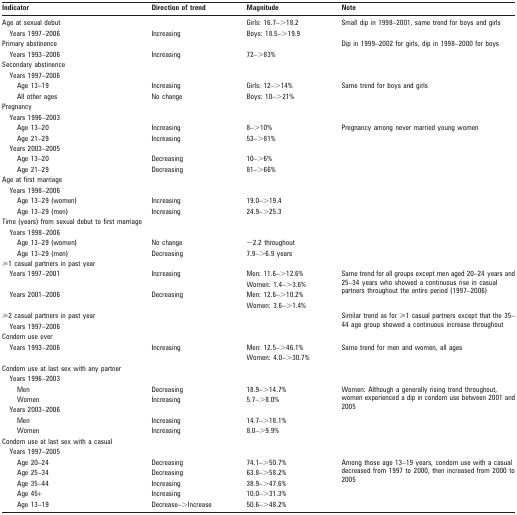
<table><thead><tr><td><b>Indicator</b></td><td><b>Direction of trend</b></td><td><b>Magnitude</b></td><td><b>Note</b></td></tr></thead><tbody><tr><td>Age at sexual debut</td><td></td><td>Girls: 16.7–&gt;18.2</td><td rowspan="2">Small dip in 1998–2001, same trend for boys and girls</td></tr><tr><td>Years 1997–2006</td><td>Increasing</td><td>Boys: 18.5–&gt;19.9</td></tr><tr><td>Primary abstinence</td><td></td><td></td><td rowspan="2">Dip in 1999–2002 for girls, dip in 1998–2000 for boys</td></tr><tr><td>Years 1993–2006</td><td>Increasing</td><td>72–&gt;83%</td></tr><tr><td>Secondary abstinence</td><td></td><td></td><td></td></tr><tr><td>Years 1997–2006</td><td></td><td></td><td></td></tr><tr><td>Age 13–19</td><td>Increasing</td><td>Girls: 12–&gt;14%</td><td rowspan="2">Same trend for boys and girls</td></tr><tr><td>All other ages</td><td>No change</td><td>Boys: 10–&gt;21%</td></tr><tr><td>Pregnancy</td><td></td><td></td><td></td></tr><tr><td>Years 1996–2003</td><td></td><td></td><td></td></tr><tr><td>Age 13–20</td><td>Increasing</td><td>8–&gt;10%</td><td rowspan="2">Pregnancy among never married young women</td></tr><tr><td>Age 21–29</td><td>Increasing</td><td>53–&gt;81%</td></tr><tr><td>Years 2003–2005</td><td></td><td></td><td></td></tr><tr><td>Age 13–20</td><td>Decreasing</td><td>10–&gt;6%</td><td></td></tr><tr><td>Age 21–29</td><td>Decreasing</td><td>81–&gt;66%</td><td></td></tr><tr><td>Age at first marriage</td><td></td><td></td><td></td></tr><tr><td>Years 1998–2006</td><td></td><td></td><td></td></tr><tr><td>Age 13–29 (women)</td><td>Increasing</td><td>19.0–&gt;19.4</td><td></td></tr><tr><td>Age 13–29 (men)</td><td>Increasing</td><td>24.9–&gt;25.3</td><td></td></tr><tr><td>Time (years) from sexual debut to first marriage</td><td></td><td></td><td></td></tr><tr><td>Years 1998–2006</td><td></td><td></td><td></td></tr><tr><td>Age 13–29 (women)</td><td>No change</td><td>∼2.2 throughout</td><td></td></tr><tr><td>Age 13–29 (men)</td><td>Decreasing</td><td>7.9–&gt;6.9 years</td><td></td></tr><tr><td>⩾1 casual partners in past year</td><td></td><td></td><td></td></tr><tr><td>Years 1997–2001</td><td>Increasing</td><td>Men: 11.6–&gt;12.6%</td><td rowspan="4">Same trend for all groups except men aged 20–24 years and 25–34 years who showed a continuous rise in casual partners throughout the entire period (1997–2006)</td></tr><tr><td></td><td></td><td>Women: 1.4–&gt;3.6%</td></tr><tr><td>Years 2001–2006</td><td>Decreasing</td><td>Men: 12.6–&gt;10.2%</td></tr><tr><td></td><td></td><td>Women: 3.6–&gt;1.4%</td></tr><tr><td>⩾2 casual partners in past year</td><td></td><td></td><td rowspan="2">Similar trend as for ⩾1 casual partners except that the 35–44 age group showed a continuous increase throughout</td></tr><tr><td>Years 1997–2006</td><td></td><td></td></tr><tr><td>Condom use ever</td><td></td><td></td><td></td></tr><tr><td>Years 1993–2006</td><td>Increasing</td><td>Men: 12.5–&gt;46.1%</td><td>Same trend for men and women, all ages</td></tr><tr><td></td><td></td><td>Women: 4.0–&gt;30.7%</td><td></td></tr><tr><td>Condom use at last sex with any partner</td><td></td><td></td><td></td></tr><tr><td>Years 1996–2003</td><td></td><td></td><td></td></tr><tr><td>Men</td><td>Decreasing</td><td>18.9–&gt;14.7%</td><td rowspan="5">Women: Although a generally rising trend throughout, women experienced a dip in condom use between 2001 and 2005</td></tr><tr><td>Women</td><td>Increasing</td><td>5.7–&gt;8.0%</td></tr><tr><td>Years 2003–2006</td><td></td><td></td></tr><tr><td>Men</td><td>Increasing</td><td>14.7–&gt;18.1%</td></tr><tr><td>Women</td><td>Increasing</td><td>8.0–&gt;9.9%</td></tr><tr><td>Condom use at last sex with a casual</td><td></td><td></td><td></td></tr><tr><td>Years 1997–2005</td><td></td><td></td><td></td></tr><tr><td>Age 20–24</td><td>Decreasing</td><td>74.1–&gt;50.7%</td><td rowspan="5">Among those age 13–19 years, condom use with a casual decreased from 1997 to 2000, then increased from 2000 to 2005</td></tr><tr><td>Age 25–34</td><td>Decreasing</td><td>63.8–&gt;58.2%</td></tr><tr><td>Age 35–44</td><td>Increasing</td><td>38.9–&gt;47.6%</td></tr><tr><td>Age 45+</td><td>Increasing</td><td>10.0–&gt;31.3%</td></tr><tr><td>Age 13–19</td><td>Decrease–&gt;Increase</td><td>50.6–&gt;48.2%</td></tr></tbody></table>